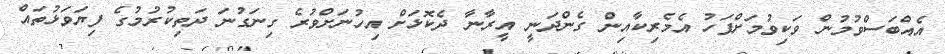
އެއްބަސްވުމުން ވަކިވުމަށްފަހު އެމެރިކާއިން ގެންދަނީ އީރާނާ ދެކޮޅަށް އިހުނަށްވުރެ ގިނަގުނަ ދަތިކުރުމުގެ ފިޔަވަޅުތައް